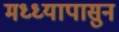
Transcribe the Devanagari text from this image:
मध्ध्यापासुन